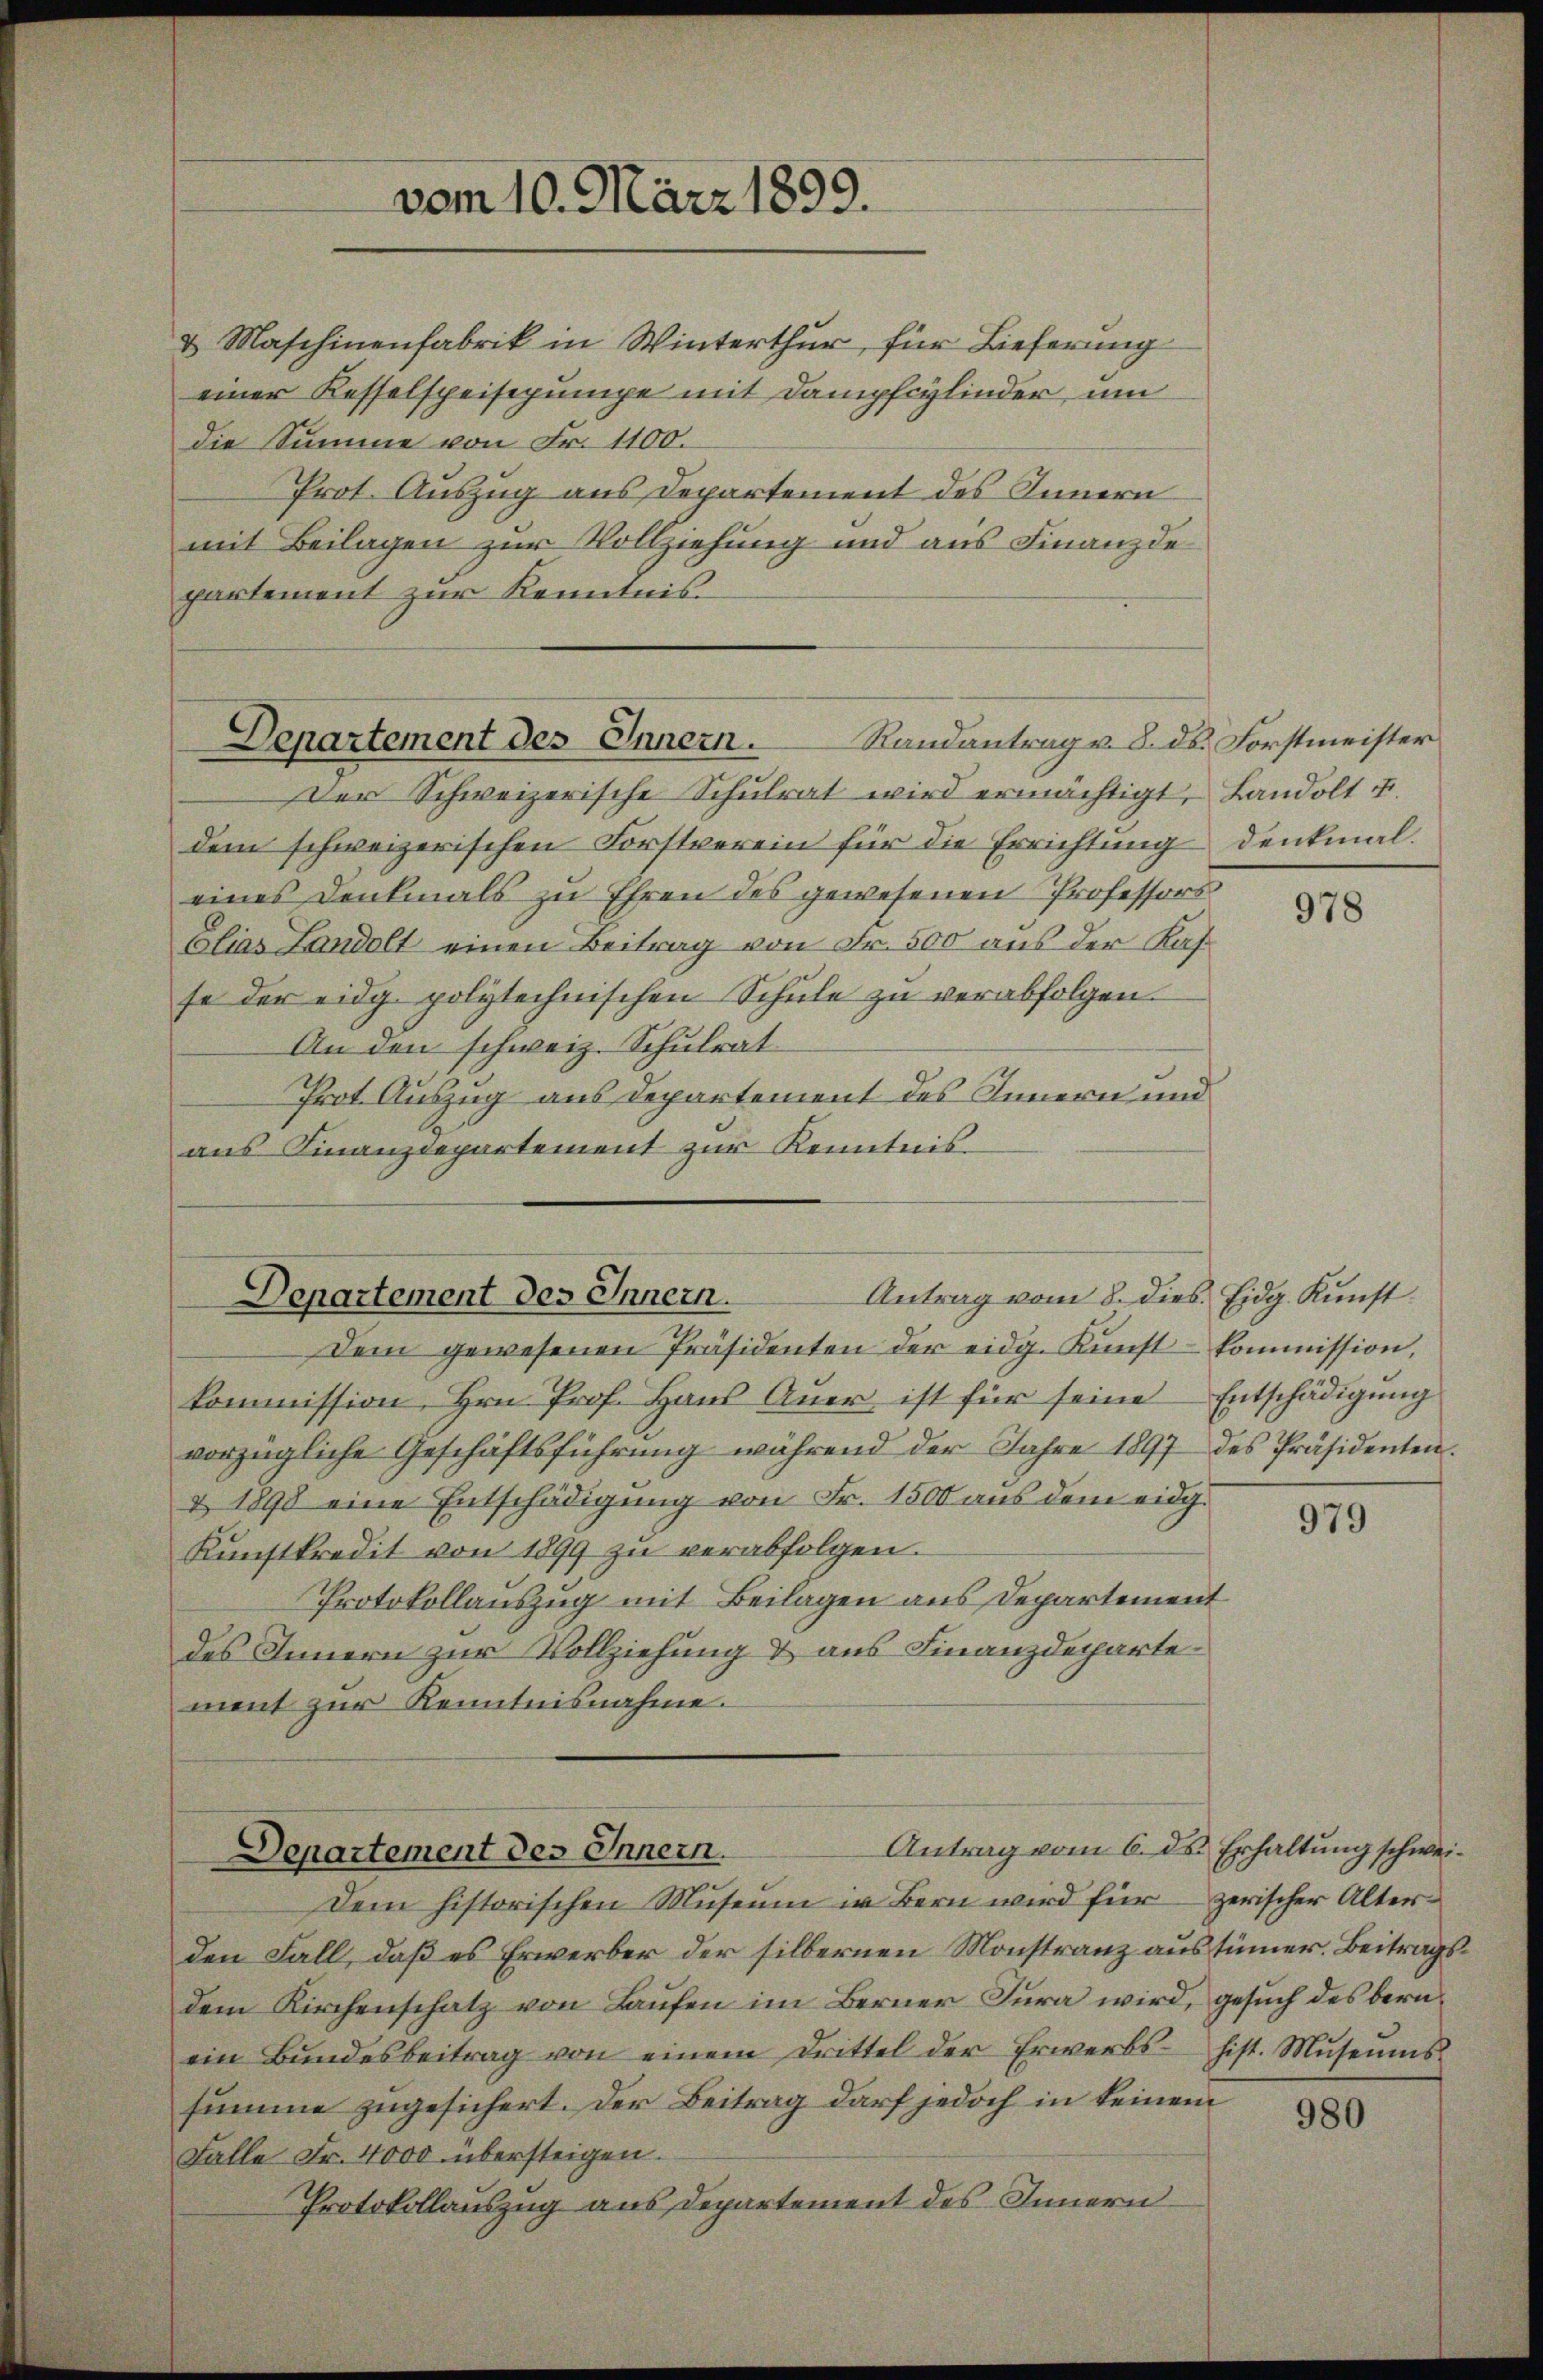
& Maschinenfabrik in Winterthur für Lieferung
einer Kesselspeisepumpe mit Dampfcylinder, um
die Summe von Fr. 1100.
Prot. Auszug aus Departement des Innern
mit Beilagen zur Vollziehung und aus Finanzde
partement zur Kenntnis

vom 10. März 1899.

Departement des Innern. Randantrag v. 8. ds. Forstmeister

Der Schweizerische Schulrat wird ermächtigt, Landolt u.
dem schweizerischen Forstverein für die Errichtung denkmal.
eines Denkmals zu Ehren des gewesenen Professors
Elias Landolt einen Beitrag von Fr. 500 aus der Kasse der eidg. polytechnischen Schule zŭ verabfolgen.
An den schweiz. Schulrat
Prot. Auszug aus Departement des Innern und
aus Finanzdepartement zur Kenntnis

Antrag vom 8. dies. Eidg. Kunst.
Departement des Innern.

Antrag vom 6. ds. Erhaltung schwei¬
Departement des Innern.

Dem gewesenen Präsidenten der eidg. Kŭnst kommission,
kommission, Hrn. Prof. Haus Auer ist für seine Entschädigung
vorzügliche Geschäftsführung während der Jahre 1897 des Präsidenten.
& 1890 eine Entschädigung von Fr. 1500 aus dem eidg.
Kŭnstkredit von 1899 zŭ verabfolgen.
Protokollauszug mit Beilagen aus Departement
des Innern zur Vollziehung & aus Finanzdeparte
ment zur Kenntnisnahme.

Dem historischen Museum in Bern wird für zerischer Alterden Fall, daß es Erwerber der silbernen Monstranz austümmer. Beitragsdem Kirchenschatz von Laufen im Berner Jura wird, gesuch des beruein Bŭndesbeitrag von einem Drittel der Erwerbs hist. Mŭseŭms.
summe zugesichert. Der Beitrag darf jedoch in keinem
Falle Fr. 4000 übersteigen.
Protokollauszug aus Departement des Innern

978

979

980